Indian journal of veterinary science and animal husbandry - Volume 11,
Year: 1941
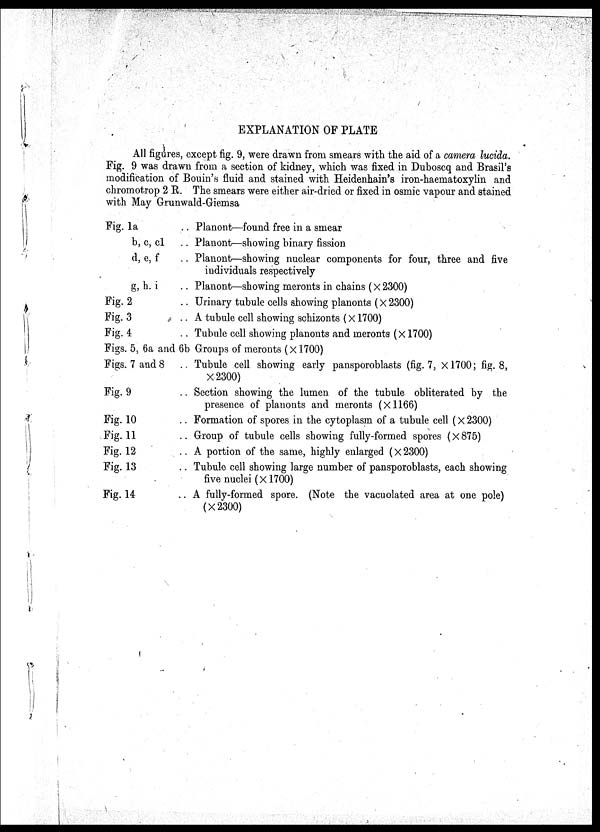
EXPLANATION OF PLATE
All figures, except fig. 9, were drawn from smears with the aid of a camera lucida.
Fig. 9 was drawn from a section of kidney, which was fixed in Duboscq and Brasil's
modification of Bouin's fluid and stained with Heidenhain's iron-haematoxylin and
chromotrop 2 R. The smears were either air-dried or fixed in osmic vapour and stained
with May Grunwald-Giemsa
Fig. 1a ..
b, c, cl ..
d, e, f ..
g, h, i ..
Fig. 2 ..
Fig. 3 ..
Fig. 4 ..
Figs. 5, 6a and 6b
Figs. 7 and 8 ..
Fig. 9 ..
Fig. 10 ..
Fig. 11 ..
Fig. 12 ..
Fig. 13 ..
Fig. 14 ..
Planont—found free in a smear
Planont—showing binary fission
Planont—showing nuclear components for four, three and five
individuals respectively
Planont—showing meronts in chains (× 2300)
Urinary tubule cells showing planonts (×2300)
A tubule cell showing schizonts (×1700)
Tubule cell showing planonts and meronts (×1700)
Groups of meronts (×1700)
Tubule cell showing early pansporoblasts (fig. 7, ×1700 ; fig. 8,
×2300)
Section showing the lumen of the tubule obliterated by the
presence of planonts and meronts (×1166)
Formation of spores in the cytoplasm of a tubule cell (× 2300)
Group of tubule cells showing fully-formed spores (×875)
A portion of the same, highly enlarged (×2300)
Tubule cell showing large number of pansporoblasts, each showing
five nuclei (×1700)
A fully-formed spore. (Note the vacuolated area at one pole)
(×2300)